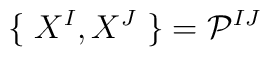
\{\; X^{I},X^{J}\; \}=\mathcal{P}^{IJ}